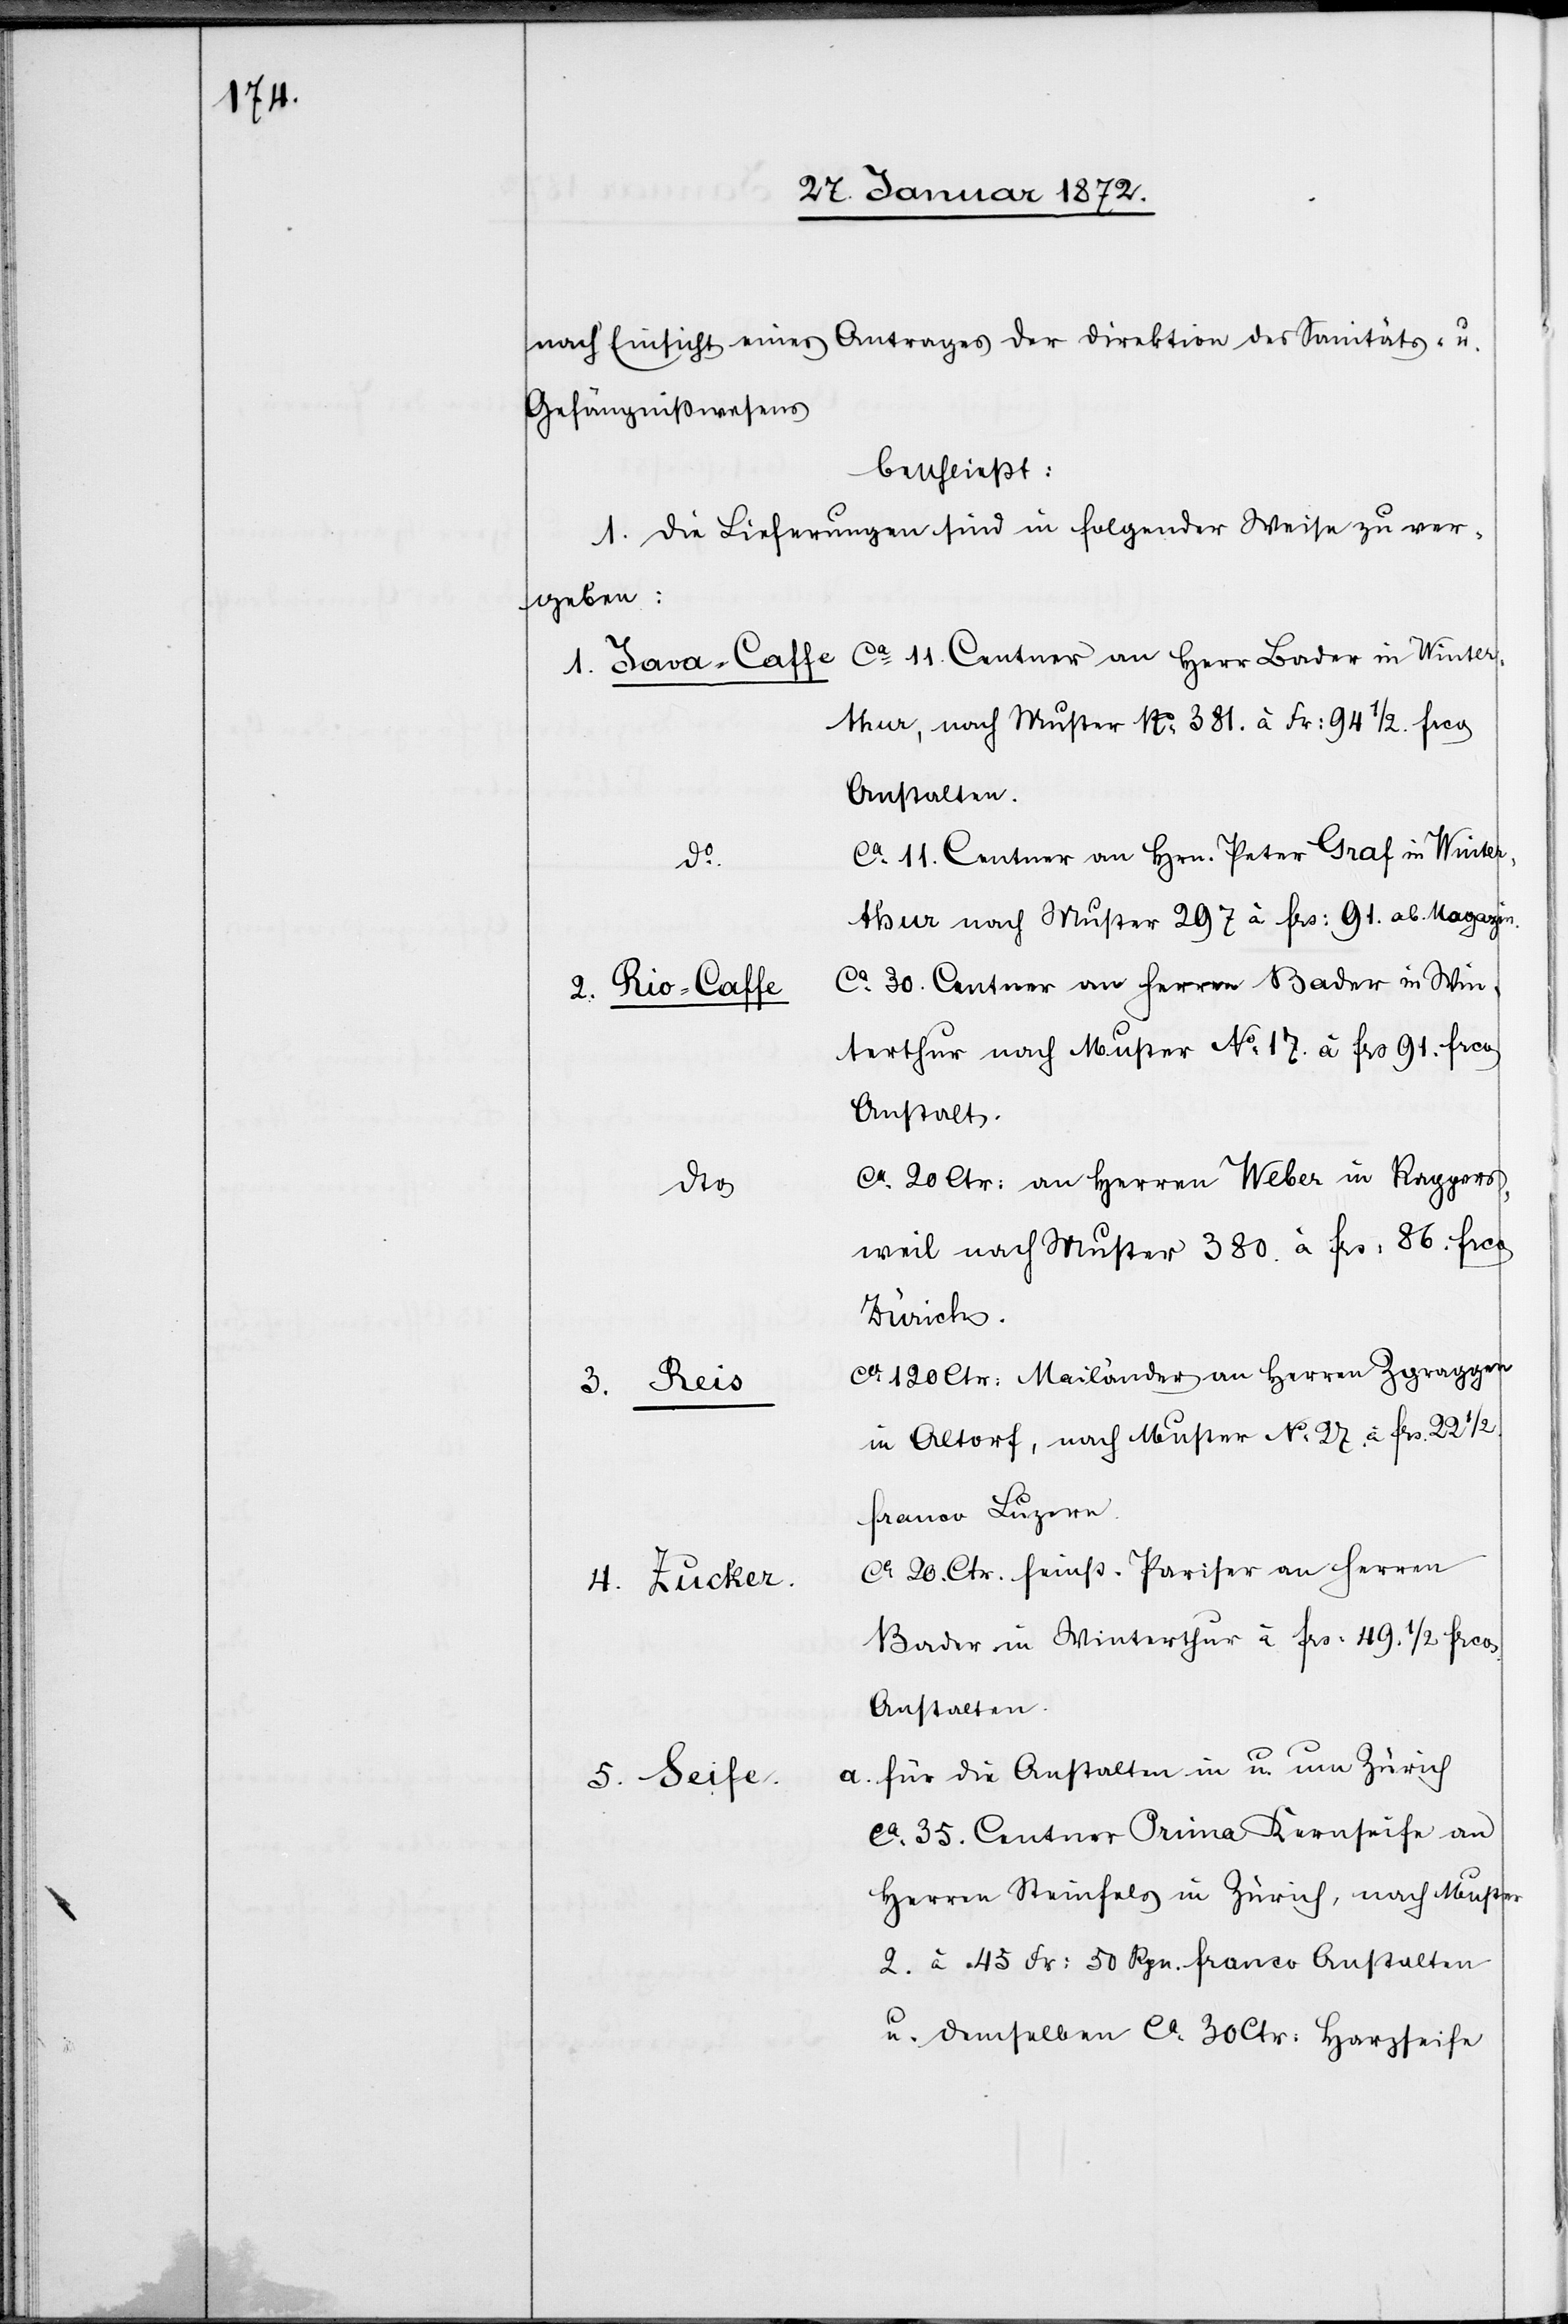
nach Einsicht eines Antrages der Direktion des Sanitäts- u.
Gefängnißwesens
beschließt:
I. Die Lieferungen sind in folgender Weise zu ver¬
geben:
terthur, nach Muster No 381. à Fr: 94 1/2. frco
Anstalten.
ca 11. Centner an Hrn. Peter Graf in Winter¬
thur nach Muster 297 à frs: 91. ab Magazin.
ca 30. Centner an Herren Bader in Win¬
2. Rio-Caffe
terthur nach Muster No 17. à frs 91. frco
Anstalt.
ca 20 Ctr: an Herren Weber in Rappers¬
weil nach Muster 380. à frs: 86. frco
Zürich.
ca 120 Ctr: Mailänder an Herren Zgraggen
3. Reis
in Altdorf, nach Muster No 27. à frs. 22 1/2.
franco Luzern.
ca 20. Ctr. feinss. Pariser an Herren
4. Zucker.
Bader in Winterthur à frs: 49. 1/2 frco
a. für die Anstalten in u. um Zürich
5. Seife.
ca 35. Centner Prima Kernseife an
Herren Steinfels in Zürich, nach Muster
2. à 45 Fr: 50 Rpn. franco Anstalten
u. demselben ca 30 Ctr: Harzseife